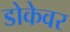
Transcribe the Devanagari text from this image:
डोकेवर